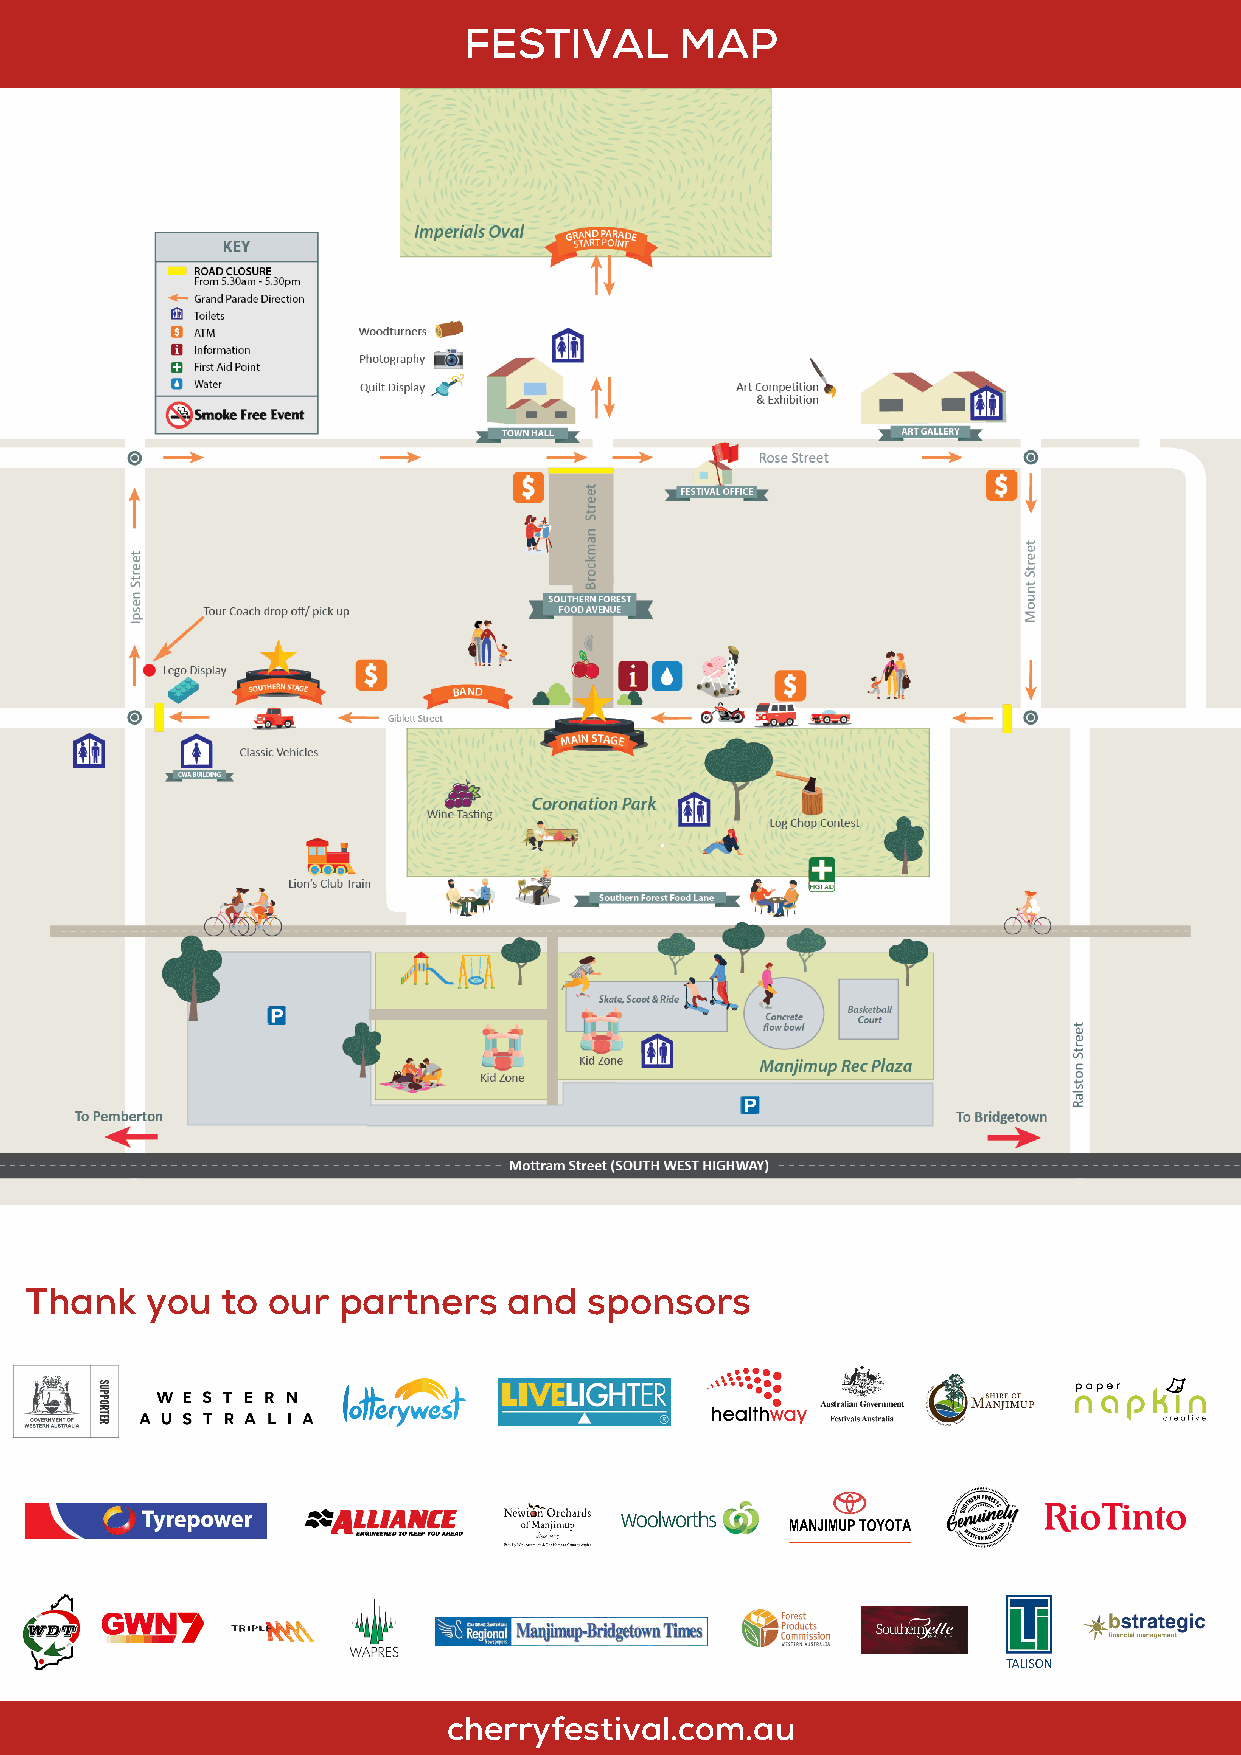
FESTIVAL      MAP
 Thank   you  to our partners    and  sponsors
 cherryfestival.com.au